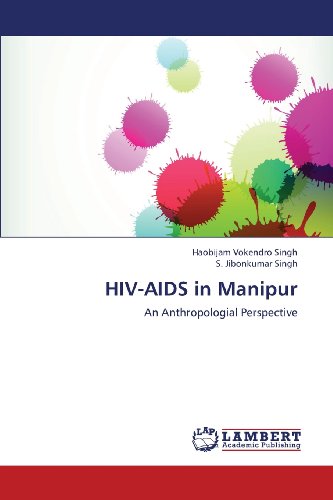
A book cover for HIV-AIDS in Manipur: An Anthropologial Perspective; Haobijam Vokendro Singh; Health, Fitness & Dieting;